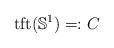
LaTeX: \begin{align*} \mathrm{tft}({\mathbb S}^1) =: C \end{align*}